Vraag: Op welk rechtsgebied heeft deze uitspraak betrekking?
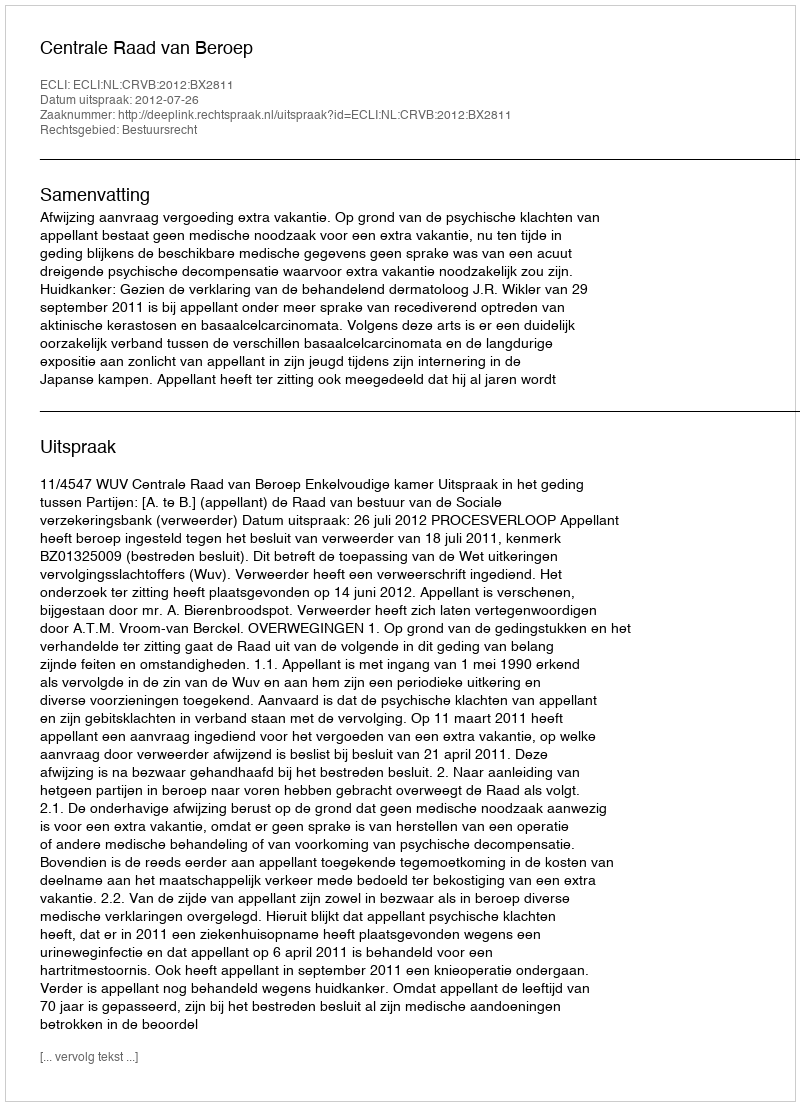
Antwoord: Bestuursrecht